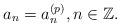
LaTeX: \begin{align*}a_{n}=a_{n}^{(p)},n\in\mathbb{Z}.\end{align*}